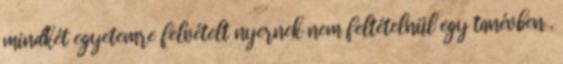
mindkét egyetemre felvételt nyernek nem feltételnül egy tanévben .